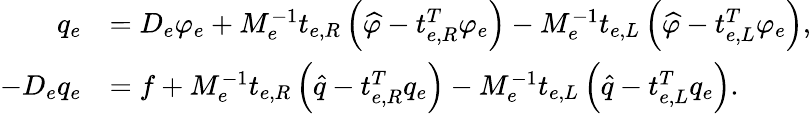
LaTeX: \begin{array}{rl}{q_{e}}&{=D_{e}\varphi_{e}+M_{e}^{-1}t_{e,R}\left(\widehat{\varphi}-t_{e,R}^{T}\varphi_{e}\right)-M_{e}^{-1}t_{e,L}\left(\widehat{\varphi}-t_{e,L}^{T}\varphi_{e}\right),}\\ {-D_{e}q_{e}}&{=f+M_{e}^{-1}t_{e,R}\left(\widehat{q}-t_{e,R}^{T}q_{e}\right)-M_{e}^{-1}t_{e,L}\left(\widehat{q}-t_{e,L}^{T}q_{e}\right).}\end{array}